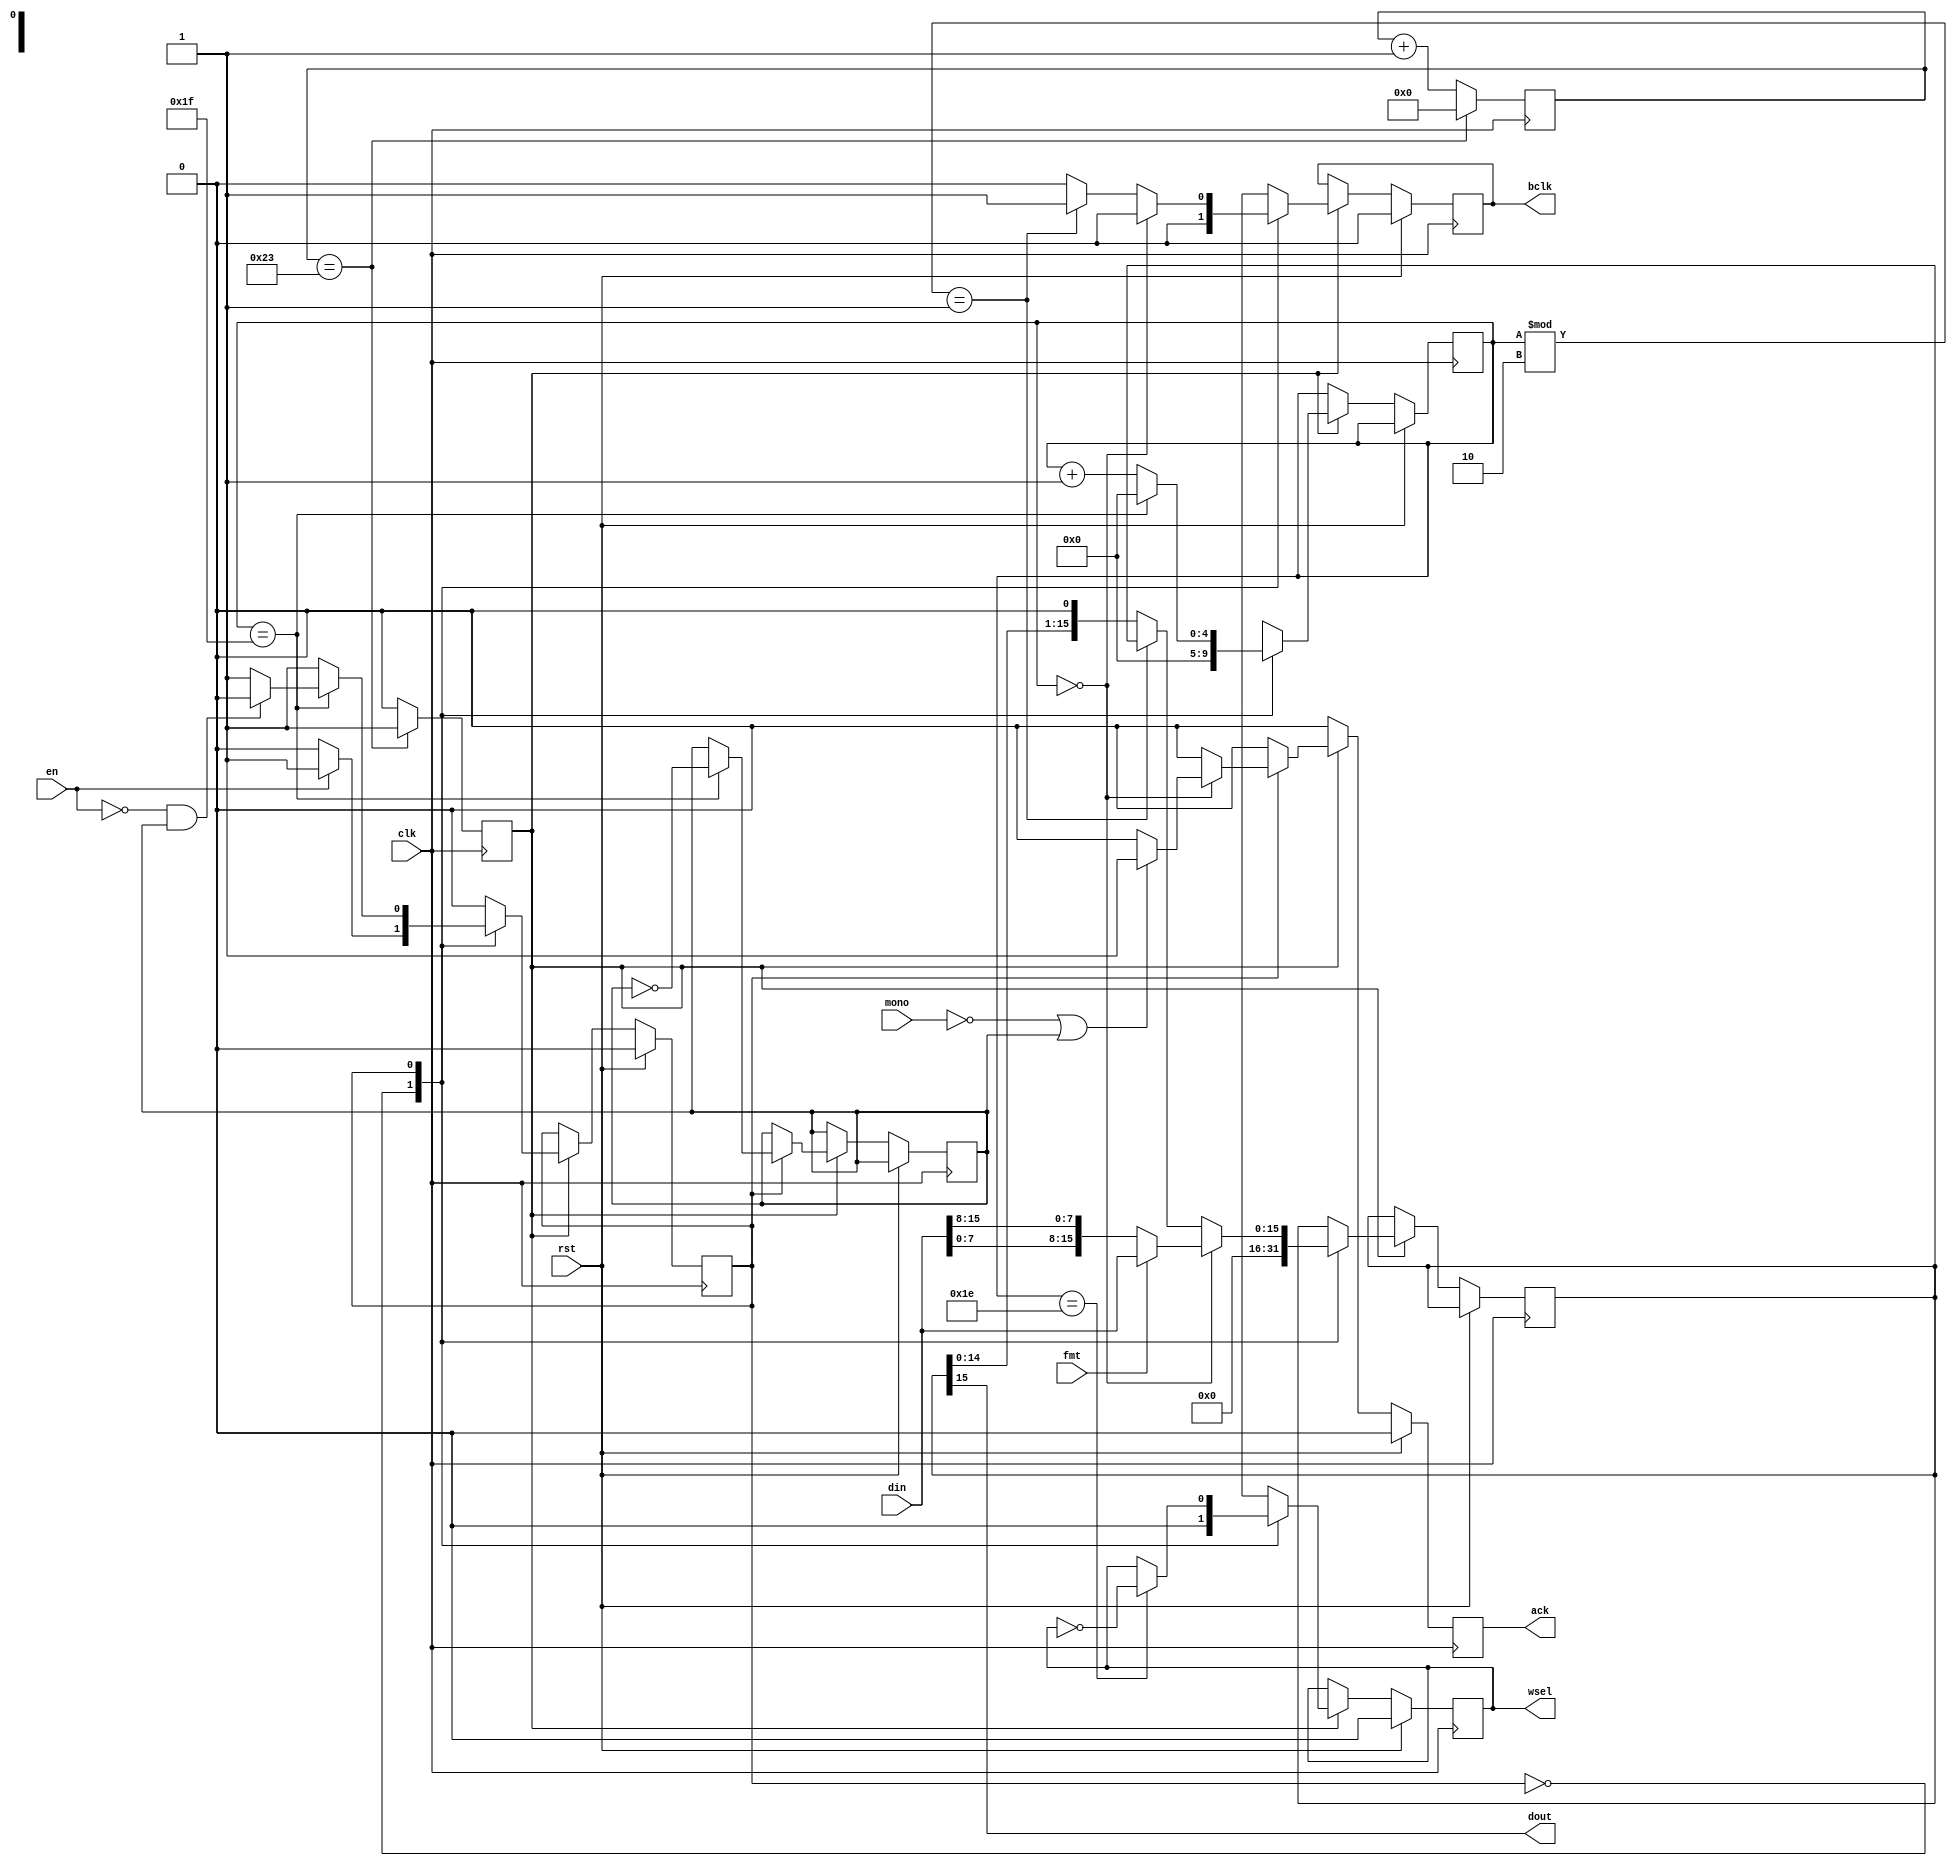
module i2s_tx(clk, rst, en, ack, din, mono, fmt, wsel, dout, bclk);

parameter DIV = 35;
parameter CW = $clog2(DIV);

localparam DW = 16;

input  clk;
input  rst;

input  en;
output reg ack = 1'b0;
input  [DW-1:0] din;

input  mono;
input  fmt;

output reg wsel = 1'b0;
output dout;
output reg bclk = 1'b0;

wire [DW-1:0] din_i;
reg [DW-1:0] data    = {(DW){1'b0}};
reg [CW-1:0] clk_cnt = {(CW){1'b0}};
reg [4:0] bit_cnt    = 5'd0;
reg strobe           = 1'b0;

assign din_i = (fmt) ? din : {din[7:0], din[15:8]};

assign dout = data[DW-1];

always @(posedge clk) begin
	if(clk_cnt == DIV) begin
		strobe  <= 1'b1;
		clk_cnt <= {(CW){1'b0}};
	end else begin
		strobe  <= 1'b0;
		clk_cnt <= clk_cnt + 1'b1;
	end	
end

localparam IDLE = 1'b0, XFER = 1'b1;

reg ch = 1'b0;
reg state = IDLE;

always @(posedge clk) begin
	if(rst) begin
		state <= IDLE;
		ack   <= 1'b0;
		wsel  <= 1'b0;
		bclk  <= 1'b0;
	end else begin
		ack   <= 1'b0;
		if(strobe) begin
			case(state)
				IDLE: begin
					wsel    <= 1'b0;
					bclk    <= 1'b0;
					bit_cnt <= 5'd0;
					data    <= {(DW){1'b0}};
					state   <= (en) ? XFER : IDLE;
				end
				XFER: begin
					bit_cnt <= bit_cnt + 1'b1;
					if(bit_cnt == 5'd0) begin
						data <= din_i;
						ack  <= (!mono | ch) ? 1'b1 : 1'b0;
						bclk <= 1'b0;
					end else if((bit_cnt % 2) == 1'b1) begin
						bclk <= 1'b1;
					end else begin
						data <= {data[DW-2:0], 1'b0};
						bclk <= 1'b0;
					end

					wsel <= (bit_cnt == 5'd30) ? !wsel : wsel;

					if(bit_cnt == 5'd31) begin
						bit_cnt <= 5'd0;
						ch      <= !ch;
						state   <= (!en & ch) ? IDLE : XFER;
					end
				end
			endcase
		end
	end
end

endmodule